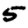
Digit: 5